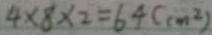
4 \times 8 \times 2 = 6 4 ( c m ^ { 2 } )